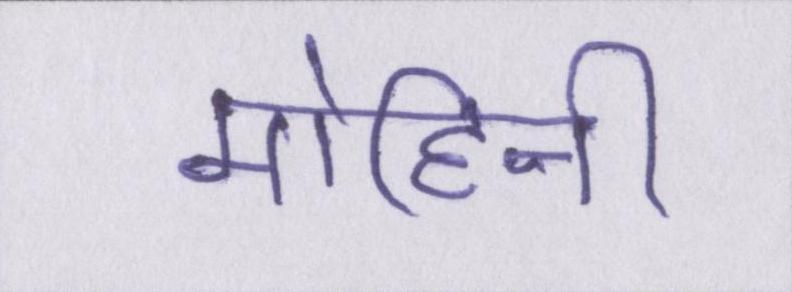
मोहिनी